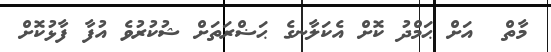
މާތް  އަށް ޙަމްދު ކޮށް އެކަލާނގެ ޙަޟްރަތަށް ޝުކުރުވެ އުފާ ފާޅުކޮށް